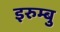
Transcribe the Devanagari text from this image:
इरुम्बु